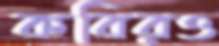
কবিরও